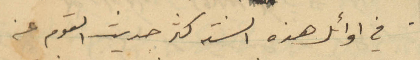
في اوائل هذه السنة كثر حديث القوم عن